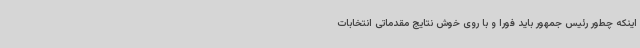
اینکه چطور رئیس جمهور باید فورا و با روی خوش نتایج مقدماتی انتخابات